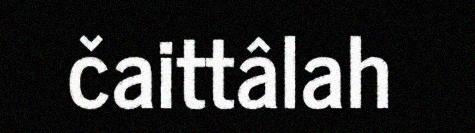
čaittâlah